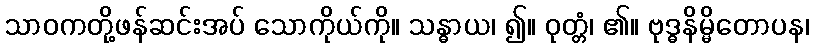
သာဝကတို့ဖန်ဆင်းအပ် သောကိုယ်ကို။ သန္ဓာယ၊ ၍။ ဝုတ္တံ၊ ၏။ ဗုဒ္ဓနိမ္မိတောပန၊